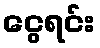
ငွေရင်း